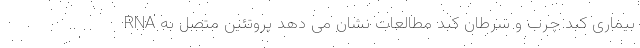
بیماری کبد چرب و سرطان کبد مطالعات نشان می دهد پروتئین متصل به RNA